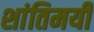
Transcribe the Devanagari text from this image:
शांतिमयी